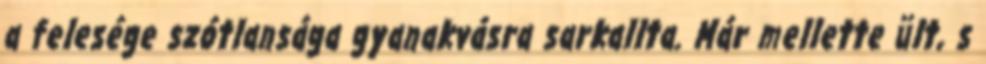
a felesége szótlansága gyanakvásra sarkallta. Már mellette ült, s